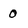
Character: 0